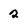
Character: 2